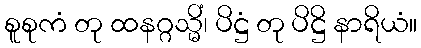
စူစုကံ တု ထနဂ္ဂသ္မိံ၊ ပိဋ္ဌံ တု ပိဋ္ဌိ နာရိယံ။